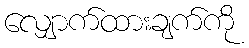
လျှောက်ထားချက်ကို